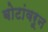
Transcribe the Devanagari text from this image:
बोटांवरून